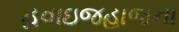
હવાઇજહાજના